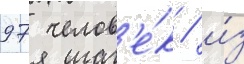
97 челов'е́к / и́з